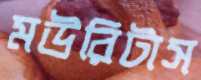
মউরিটাস